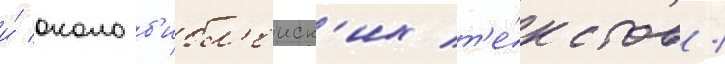
и́ околоб'ибл'еиск'их т'е́кстов /